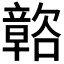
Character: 𲊩